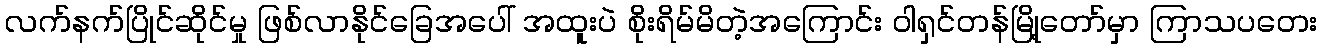
လက်နက်ပြိုင်ဆိုင်မှု ဖြစ်လာနိုင်ခြေအပေါ် အထူးပဲ စိုးရိမ်မိတဲ့အကြောင်း ဝါရှင်တန်မြို့တော်မှာ ကြာသပတေး